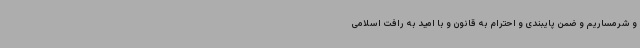
و شرمساریم و ضمن پایبندی و احترام به قانون و با امید به رافت اسلامی